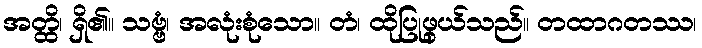
အတ္ထိ၊ ရှိ၏။ သဗ္ဗံ၊ အလုံးစုံသော။ တံ၊ ထိုပြုဖွယ်သည်။ တထာဂတဿ၊